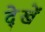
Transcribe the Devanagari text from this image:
दे्खें